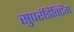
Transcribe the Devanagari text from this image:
सुपरंडिक्टिंग